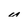
Character: u